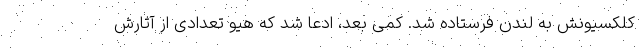
کلکسیونش به لندن فرستاده شد. کمی بعد، ادعا شد که هیو تعدادی از آثارش